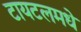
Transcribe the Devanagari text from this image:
टायटलमधे